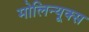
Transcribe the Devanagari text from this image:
मोलिन्यूक्स